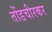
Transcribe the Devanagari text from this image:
तोंडचीरकर